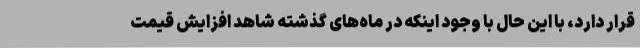
قرار دارد، با این حال با وجود اینکه در ماه‌های گذشته شاهد افزایش قیمت